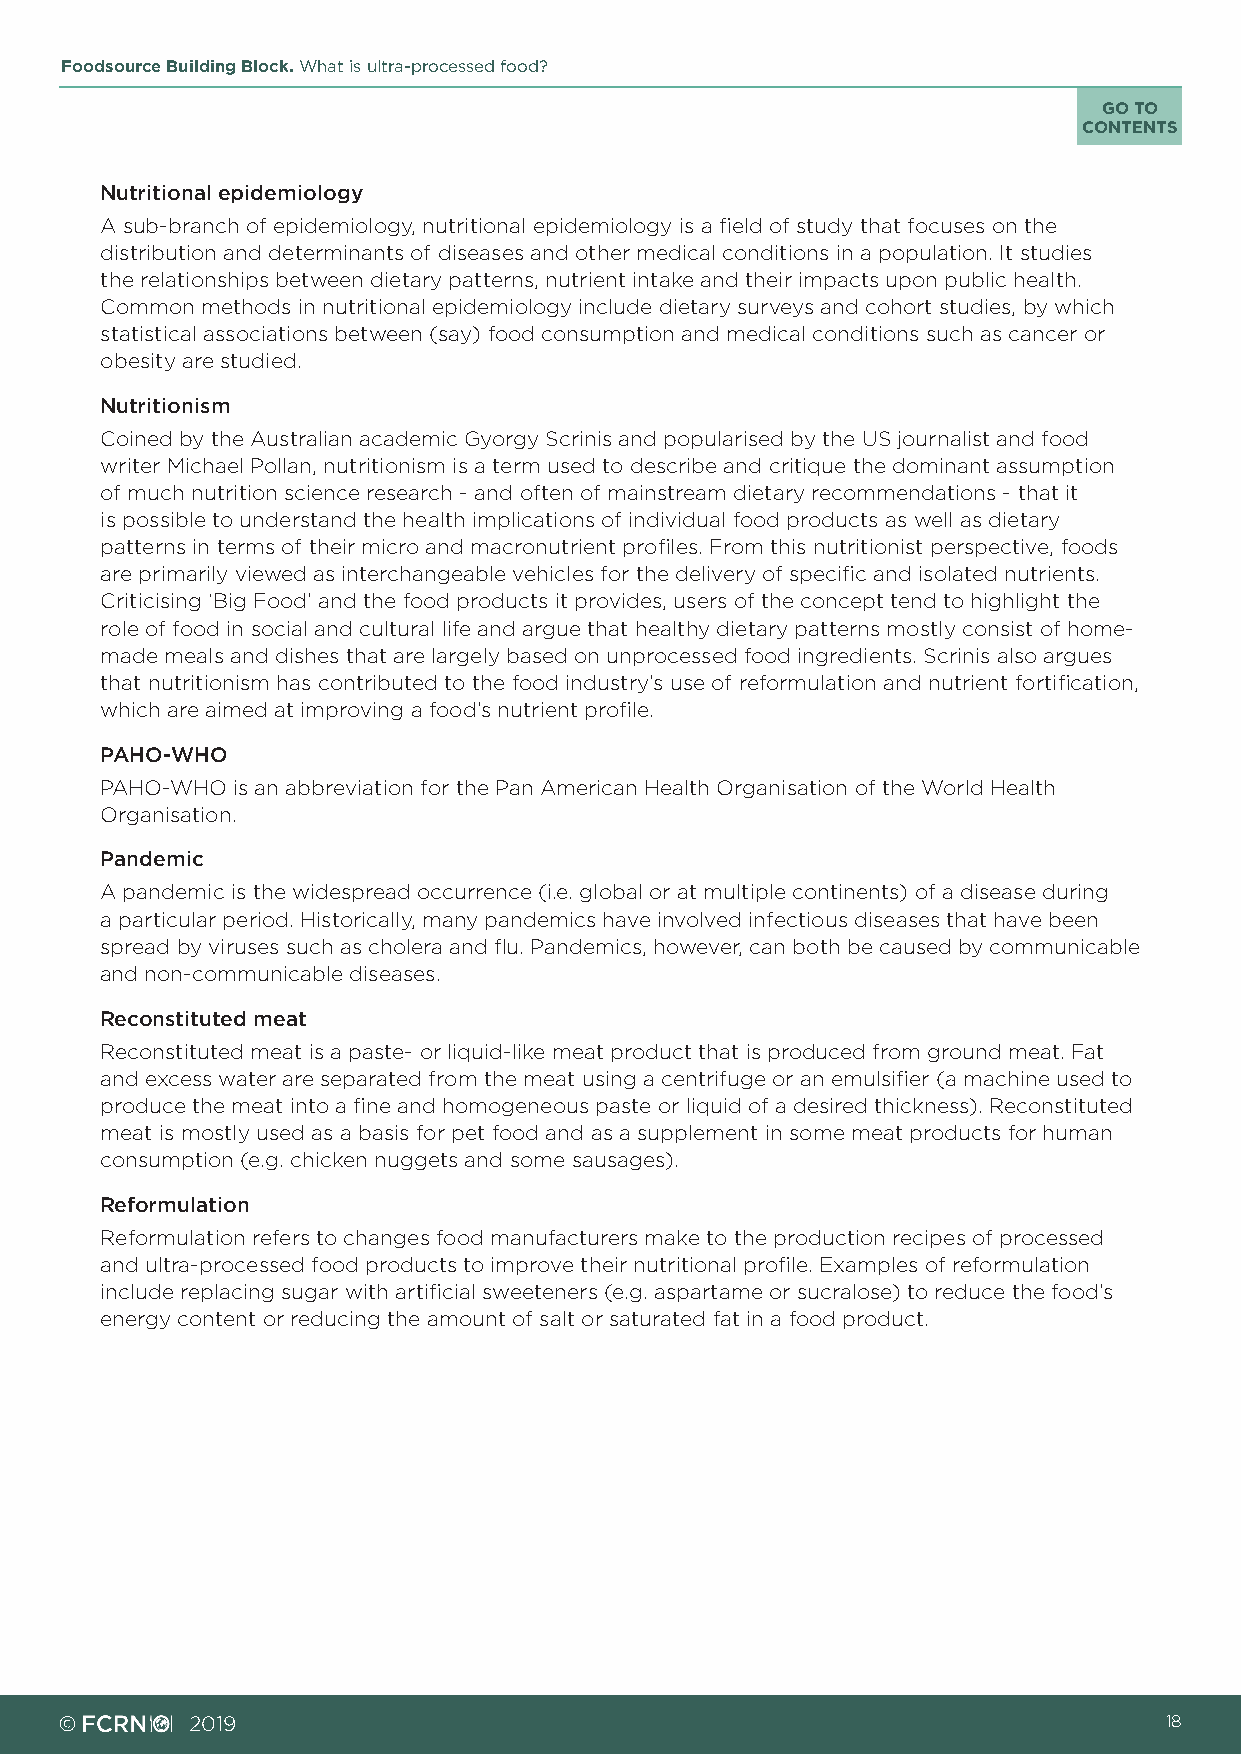
Foodsource Building Block. What is ultra-processed food?
 GO TO
 CONTENTS
 Nutritional epidemiology
 A sub-branch of epidemiology, nutritional epidemiology is a field of study that focuses on the
 distribution and determinants of diseases and other medical conditions in a population. It studies
 the relationships between dietary patterns, nutrient intake and their impacts upon public health.
 Common methods in nutritional epidemiology include dietary surveys and cohort studies, by which
 statistical associations between (say) food consumption and medical conditions such as cancer or
 obesity are studied.
 Nutritionism
 Coined by the Australian academic Gyorgy Scrinis and popularised by the US journalist and food
 writer Michael Pollan, nutritionism is a term used to describe and critique the dominant assumption
 of much nutrition science research - and often of mainstream dietary recommendations - that it
 is possible to understand the health implications of individual food products as well as dietary
 patterns in terms of their micro and macronutrient profiles. From this nutritionist perspective, foods
 are primarily viewed as interchangeable vehicles for the delivery of specific and isolated nutrients.
 Criticising ‘Big Food’ and the food products it provides, users of the concept tend to highlight the
 role of food in social and cultural life and argue that healthy dietary patterns mostly consist of home-
 made meals and dishes that are largely based on unprocessed food ingredients. Scrinis also argues
 that nutritionism has contributed to the food industry’s use of reformulation and nutrient fortification,
 which are aimed at improving a food’s nutrient profile.
 PAHO-WHO
 PAHO-WHO is an abbreviation for the Pan American Health Organisation of the World Health
 Organisation.
 Pandemic
 A pandemic is the widespread occurrence (i.e. global or at multiple continents) of a disease during
 a particular period. Historically, many pandemics have involved infectious diseases that have been
 spread by viruses such as cholera and flu. Pandemics, however, can both be caused by communicable
 and non-communicable diseases.
 Reconstituted meat
 Reconstituted meat is a paste- or liquid-like meat product that is produced from ground meat. Fat
 and excess water are separated from the meat using a centrifuge or an emulsifier (a machine used to
 produce the meat into a fine and homogeneous paste or liquid of a desired thickness). Reconstituted
 meat is mostly used as a basis for pet food and as a supplement in some meat products for human
 consumption (e.g. chicken nuggets and some sausages).
 Reformulation
 Reformulation refers to changes food manufacturers make to the production recipes of processed
 and ultra-processed food products to improve their nutritional profile. Examples of reformulation
 include replacing sugar with artificial sweeteners (e.g. aspartame or sucralose) to reduce the food’s
 energy content or reducing the amount of salt or saturated fat in a food product.
 ©        2019                                                            18